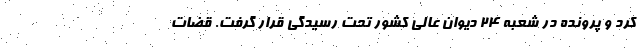
کرد و پرونده در شعبه ۲۴ دیوان عالی کشور تحت رسیدگی قرار گرفت. قضات